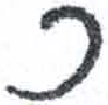
אות: כ